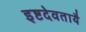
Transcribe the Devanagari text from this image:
इष्टदेवतायै